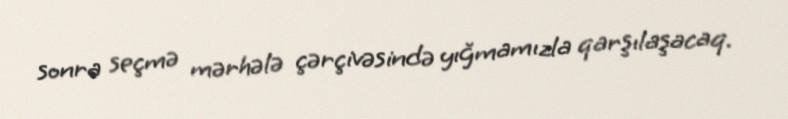
sonra seçmə mərhələ çərçivəsində yığmamızla qarşılaşacaq.